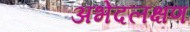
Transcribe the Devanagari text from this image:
अभेदलक्षण